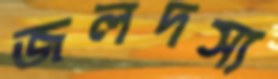
জলদস্য